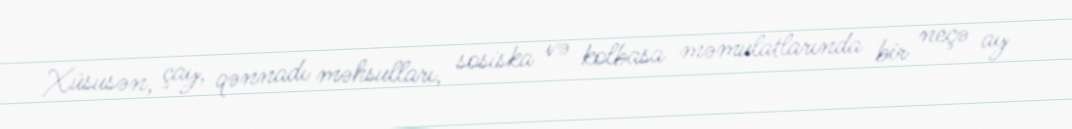
Xüsusən, çay, qənnadı məhsulları, sosiska və kolbasa məmulatlarında bir neçə ay